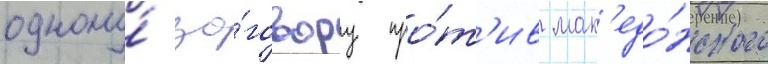
одному́ за́говору про́т'ив мак'едо́нского